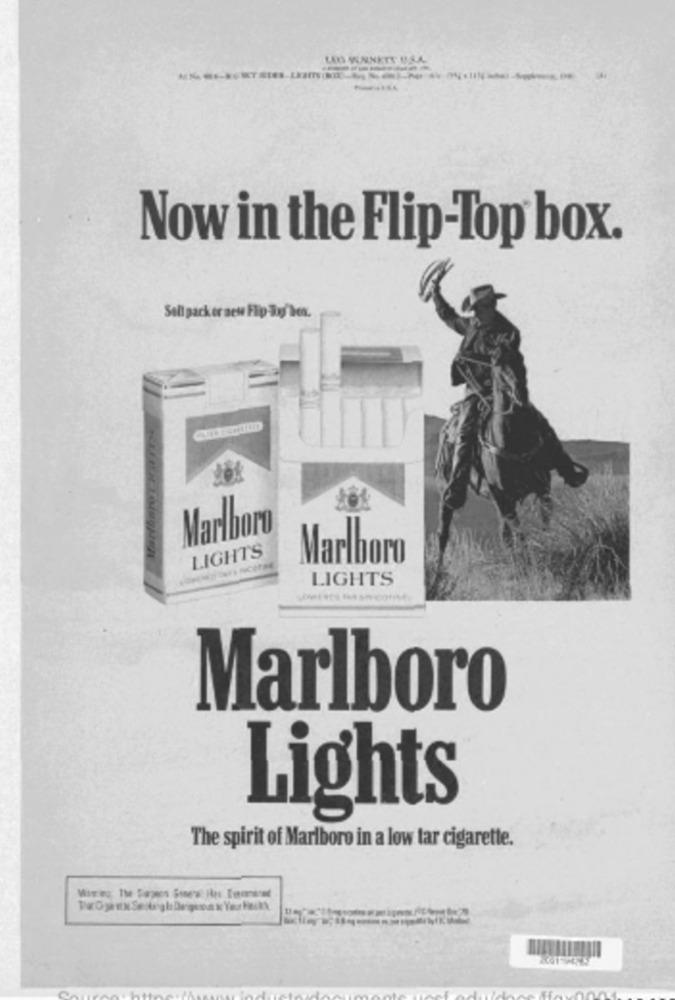
LEG MEMNETE U.S.A.
Now in the Flip-Top box.
Salt pack er nes Flip-3og hex.
Marlboro
LIGHTS
Marlboro
LIGHTS
Marlboro
Lights
The spirit of Marlboro in a low tar cigarette.